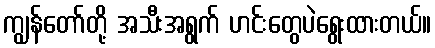
ကျွန်တော်တို့ အသီးအရွက် ဟင်းတွေပဲရွေးထားတယ်။